Sanitation, dispensaries and jails vaccination Rajputana 1922-1927 - 1922-1927
Year: 1922
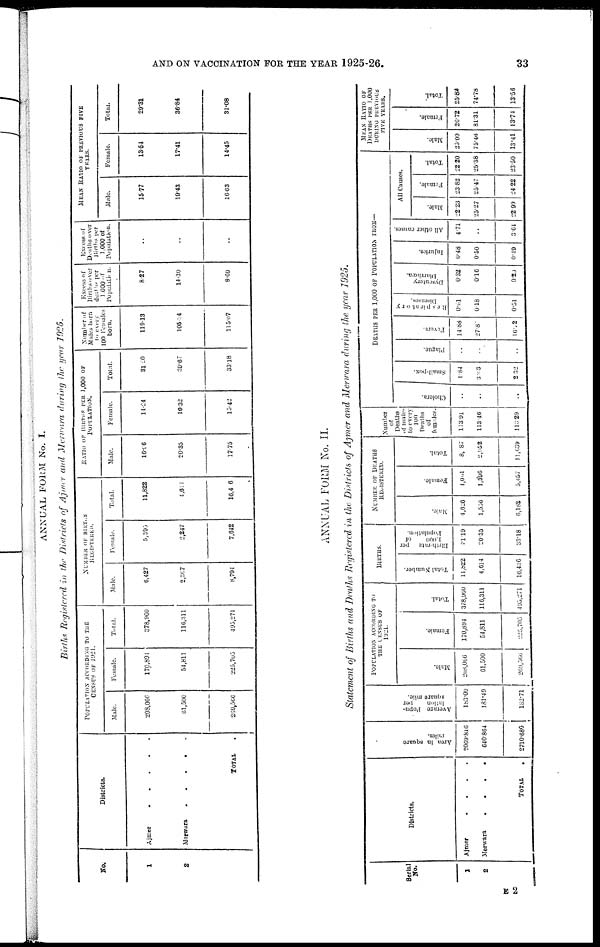
AND ON VACCINATION FOR THE YEAR 1925-26.
33
ANNUAL FORM No. I.
Births Registered in the Districts of Ajmer and Merwara during the year 1925.
No.
1
2
Districts.
Ajmer
.....
Merwara
....
TOTAL .
POPULATION ACCORDING TO THE
CENSUS OF 1921.
Male.
208,066
61,500
269,566
Female.
170,894
54,811
225,705
Total.
378,960
110,311
405,271
NUMBER OF BIRTHS
REGISTERED.
Male.
6,427
2,367
8,794
Female.
5,395
2,247
7,642
Total.
11,822
4,651
10,406
RATIO OF BIRTHS PER 1,000 OF
POPULATION.
Male.
16.96
20.35
17.75
Female.
14.24
19.32
15.42
Total.
31.20
39.67
33.18
Number of
Males born
to every
100 Females
born.
119.13
105.34
115.07
Excess of
births over
deaths per
1,000 of
population.
8.27
14.30
8.69
Excess of
Deaths over
Births per
1,000 of
Population.
..
..
..
MEAN RATIO OF PREVIOUS FIVE
YEARS.
Male.
15.77
19.43
16.63
Female.
13.54
17.41
14.45
Total.
29.31
36.84
31.08
ANNUAL FORM No. II.
Statement of Births and Death Registered in the Districts of Ajmer and Merwara during the year 1925.
Serial
No.
1
2
Districts.
Ajmer
....
Merwara
....
TOTAL .
Area in square
2069.816
640.864
2710.680
Average Popu-
lation
per
square mile.
183.09
181.49
182.71
POPULATION ACCORDING TO
THE CENSUS OF
1921.
Male.
208,066
61,500
269,566
Female.
170,894
54,811
225,705
Total.
378,960
116,311
495,271
BIRTHS.
Total Number.
11,822
4,614
16,436
Birth-rate per
1,000
of
Population.
21.19
20.35
33.18
NUMBER OF DEATHS
REGISTERED.
Male.
4,626
1,556
6,182
Female.
4,061
1,396
5,457
Total.
8,087
2,052
11,039
Number
of
Deaths
of male¬
to every
100
Deaths
of
females.
113.91
113.46
113.29
DEATHS PER 1,000 OF POPULATIONS FROM—
Cholera.
..
..
..
Small-pox.
1.84
3.03
2.32
Plague.
..
..
..
Fevers.
14.88
27.87
16.52
Respiratory
Diseases.
0.61
0.18
0.51
Dysentery
Diarrhœa.
0.32
0.16
0.29
Injuries.
0.48
0.50
0.49
All other causes.
4.71
..
3.64
All Causes.
Male.
22.23
25.27
22.99
Female.
23.82
25.47
24.22
Total.
22.20
25.38
23.50
MEAN RATIO OF
DEATHS PER 1,000
DURING PREVIOUS
FIVE YEARS.
Male.
25.09
75.46
13.41
Female.
26.72
81.31
13.74
Total.
25.82
74.78
13.56
E 2